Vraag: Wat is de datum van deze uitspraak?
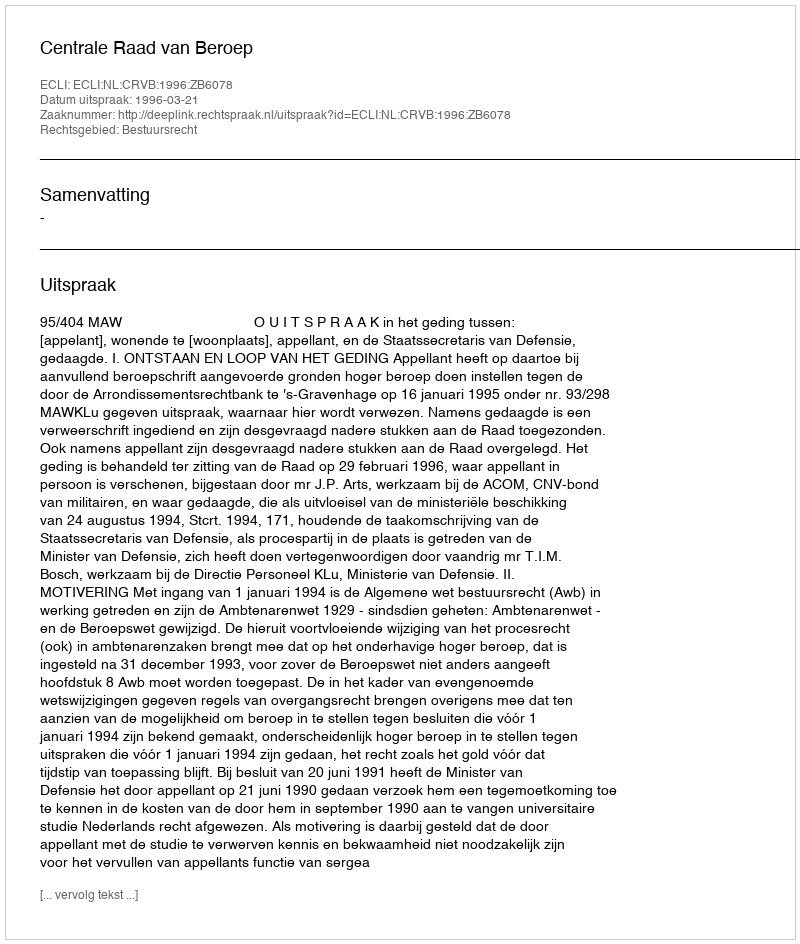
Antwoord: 1996-03-21